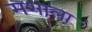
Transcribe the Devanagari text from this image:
मशाला